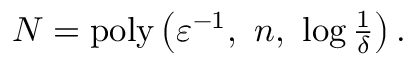
\begin{array} { r } { N = \mathrm { p o l y } \left( \varepsilon ^ { - 1 } , \ n , \ \log \frac { 1 } { \delta } \right) . } \end{array}